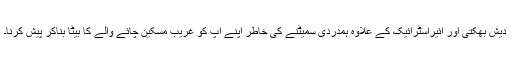
دیش بھکتی اور ائیراسٹرائیک کے علاوہ ہمدردی سمیٹنے کی خاطر اپنے آپ کو غریب مسکین چائے والے کا بیٹا بناکر پیش کرنا۔